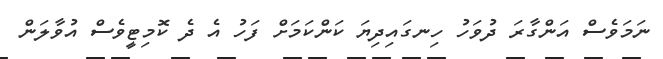
ނަމަވެސް އަންގާރަ ދުވަހު ހިނގައިދިޔަ ކަންކަމަށް ފަހު އެ ދެ ކޮމިޓީވެސް އުވާލަން